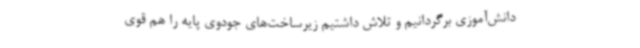
دانش‌آموزی برگردانیم و تلاش داشتیم زیرساخت‌های جودوی پایه را هم قوی